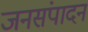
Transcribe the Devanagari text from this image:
जनसंपादन